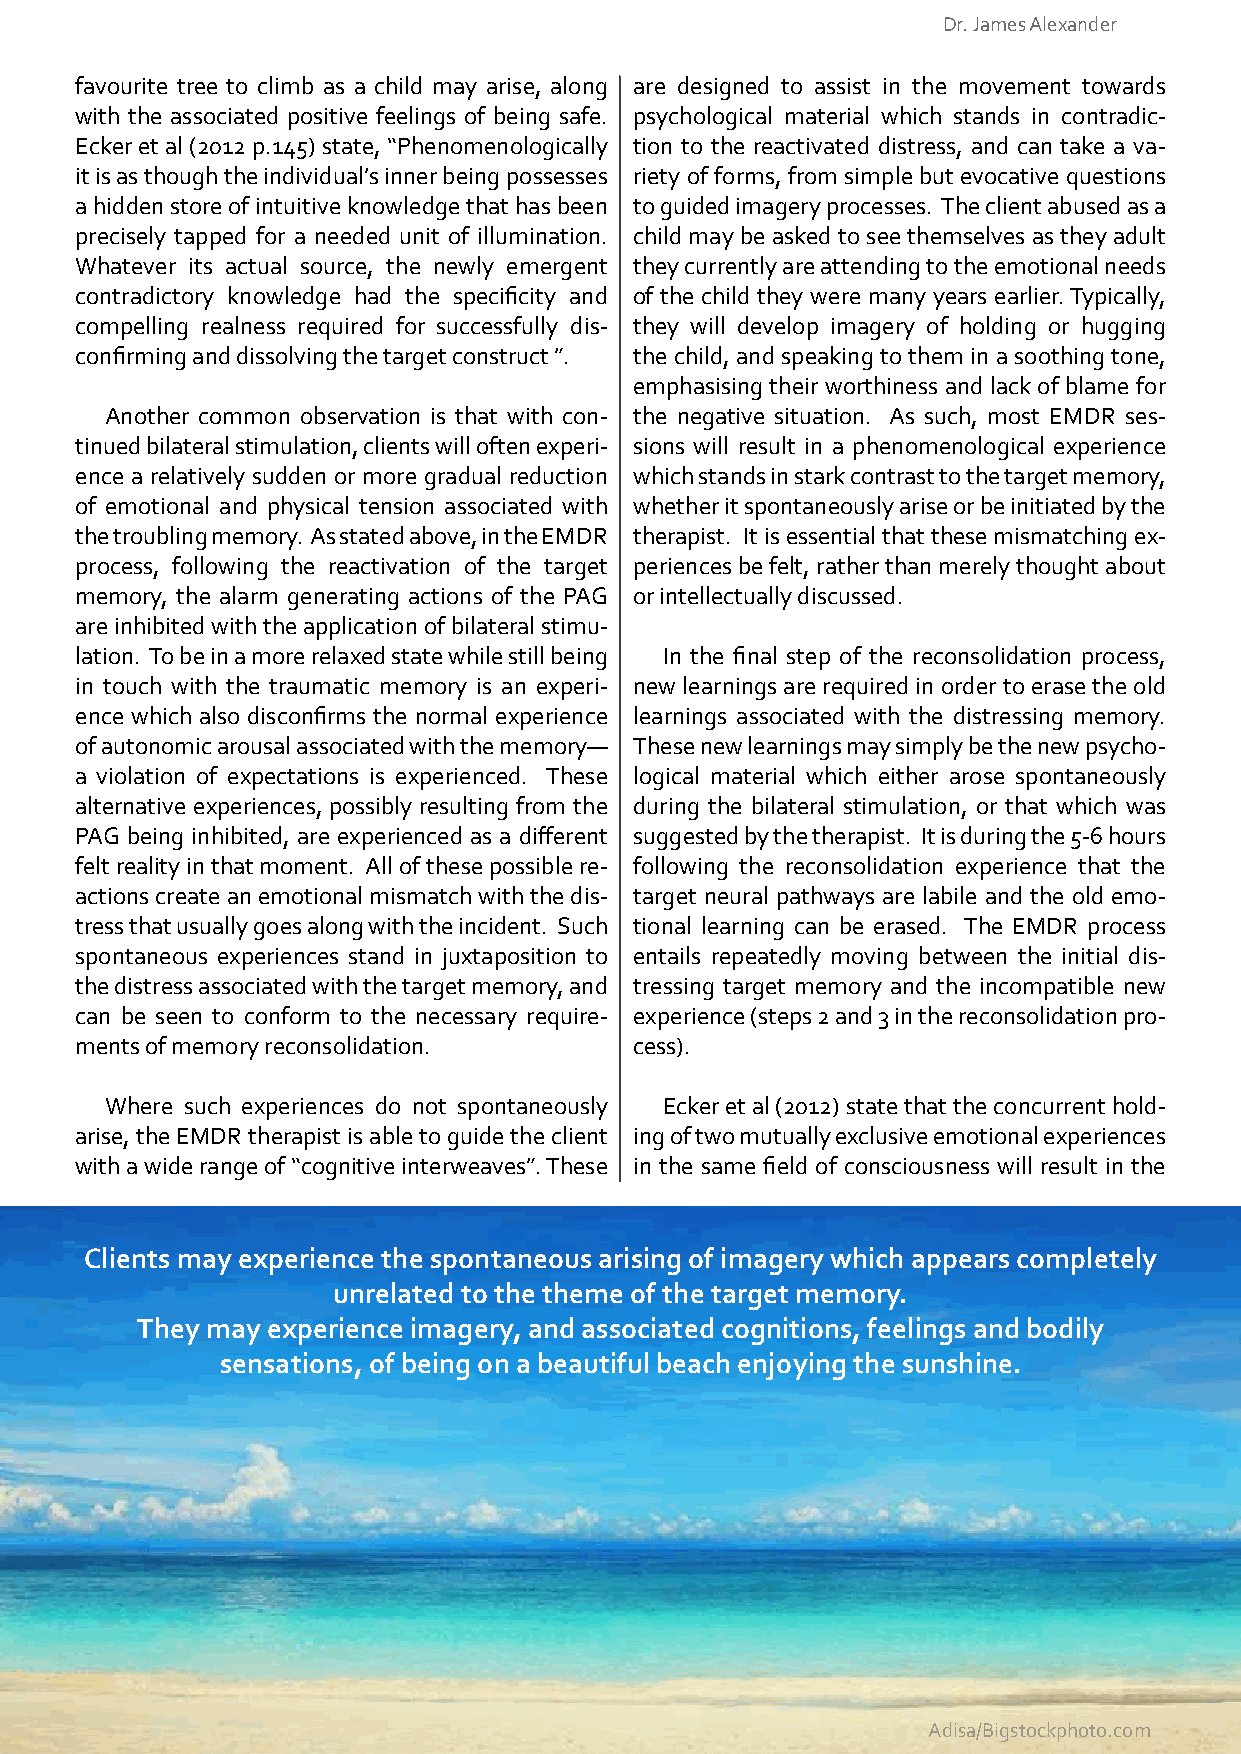
Dr. James Alexander
 favourite tree to climb as a child may arise, along are designed to assist in the movement towards
 with the associated positive feelings of being safe. psychological material which stands in contradic-
 Ecker et al (2012 p.145) state, “Phenomenologically tion to the reactivated distress, and can take a va-
 it is as though the individual’s inner being possesses riety of forms, from simple but evocative questions
 a hidden store of intuitive knowledge that has been to guided imagery processes. The client abused as a
 precisely tapped for a needed unit of illumination. child may be asked to see themselves as they adult
 Whatever its actual source, the newly emergent they currently are attending to the emotional needs
 contradictory knowledge had the specificity and of the child they were many years earlier. Typically,
 compelling realness required for successfully dis- they will develop imagery of holding or hugging
 confirming and dissolving the target construct ”. the child, and speaking to them in a soothing tone,
 emphasising their worthiness and lack of blame for
 Another common observation is that with con- the negative situation. As such, most EMDR ses-
 tinued bilateral stimulation, clients will often experi- sions will result in a phenomenological experience
 ence a relatively sudden or more gradual reduction which stands in stark contrast to the target memory,
 of emotional and physical tension associated with whether it spontaneously arise or be initiated by the
 the troubling memory. As stated above, in the EMDR therapist. It is essential that these mismatching ex-
 process, following the reactivation of the target periences be felt, rather than merely thought about
 memory, the alarm generating actions of the PAG or intellectually discussed.
 are inhibited with the application of bilateral stimu-
 lation. To be in a more relaxed state while still being In the final step of the reconsolidation process,
 in touch with the traumatic memory is an experi- new learnings are required in order to erase the old
 ence which also disconfirms the normal experience learnings associated with the distressing memory.
 of autonomic arousal associated with the memory— These new learnings may simply be the new psycho-
 a violation of expectations is experienced. These logical material which either arose spontaneously
 alternative experiences, possibly resulting from the during the bilateral stimulation, or that which was
 PAG being inhibited, are experienced as a different suggested by the therapist. It is during the 5-6 hours
 felt reality in that moment. All of these possible re- following the reconsolidation experience that the
 actions create an emotional mismatch with the dis- target neural pathways are labile and the old emo-
 tress that usually goes along with the incident. Such tional learning can be erased. The EMDR process
 spontaneous experiences stand in juxtaposition to entails repeatedly moving between the initial dis-
 the distress associated with the target memory, and tressing target memory and the incompatible new
 can be seen to conform to the necessary require- experience (steps 2 and 3 in the reconsolidation pro-
 ments of memory reconsolidation.     cess).
 Where such experiences do not spontaneously Ecker et al (2012) state that the concurrent hold-
 arise, the EMDR therapist is able to guide the client ing of two mutually exclusive emotional experiences
 with a wide range of “cognitive interweaves”. These in the same field of consciousness will result in the
 Clients may experience the spontaneous arising of imagery which appears completely
 unrelated to the theme of the target memory.
 They may experience imagery, and associated cognitions, feelings and bodily
 sensations, of being on a beautiful beach enjoying the sunshine.
 9
 Neuropsychotherapist.com
 Adisare/Bdi2g0s0to0c/Bkipghsototock.cpohmoto.com